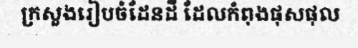
ក្រសួងរៀបចំដែនដី ដែលកំពុងផុសផុល